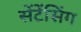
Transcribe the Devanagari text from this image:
सेंटेंसिंग